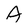
Character: A